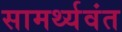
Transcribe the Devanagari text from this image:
सामर्थ्यवंत